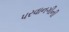
પરવાનગીની